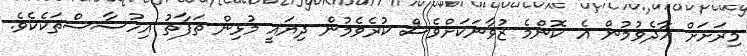
މިރަށަށް އާދެވުމުން އެ ކޮންމެ ޒުވާނަކަށްވެސް ކުރެވެމުން ދިޔައީ މުޅިން ތަފާތު އިހުސާސްތަކެކެވެ.